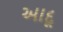
આદૂ